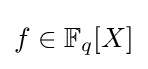
f\in {\mathbb {F} _{q}[X]}